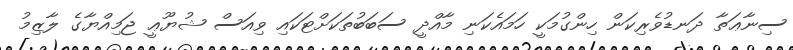
ސިނާޢަތާ ދަނޑުވެރިކަން ހިންގުމަކީ ހަމައެކަނި މާއްދީ ސަބަބުތަކަށްޓަކައި ވިއަސް ޝުޔޫޢީ ޖަމިއްޔާގެ ލާޒިމު